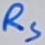
Text: RS